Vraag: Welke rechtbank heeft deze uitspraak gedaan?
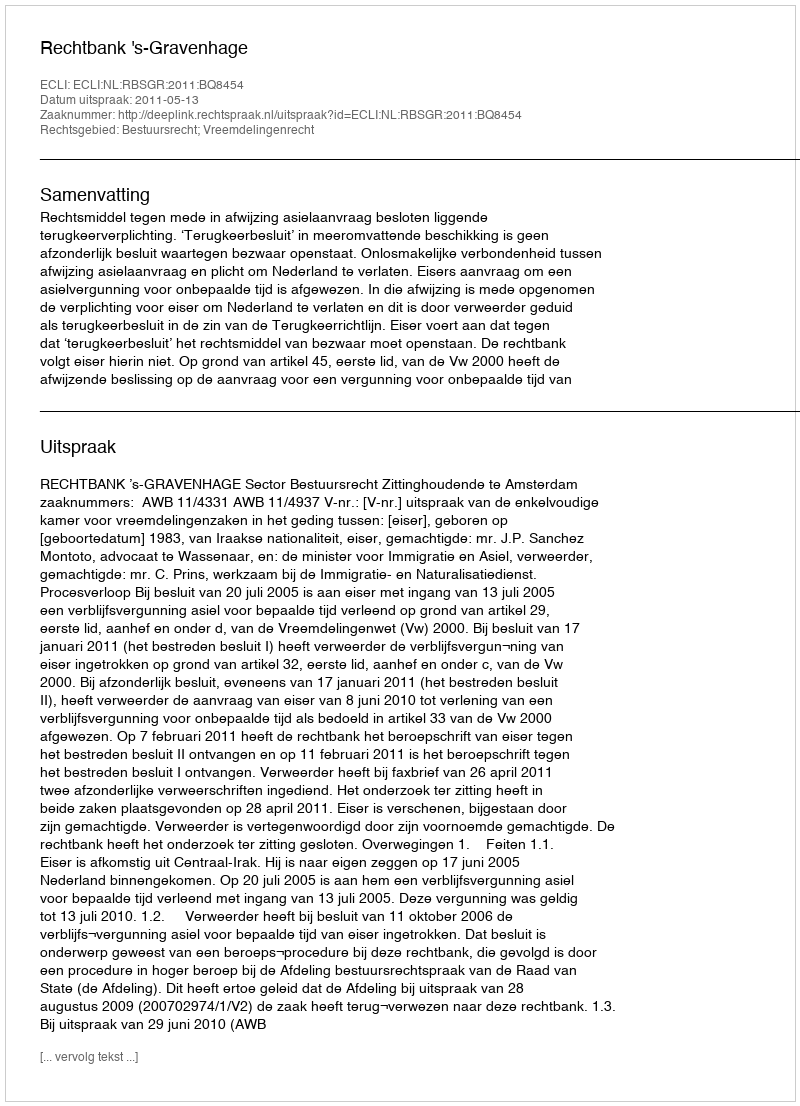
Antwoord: Rechtbank 's-Gravenhage